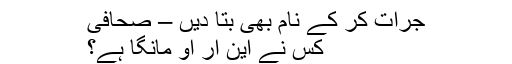
جرات کر کے نام بھی بتا دیں – صحافی
کس نے این آر او مانگا ہے؟